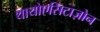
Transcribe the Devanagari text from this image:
थायोएसिटाज़ोन